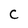
Character: C